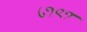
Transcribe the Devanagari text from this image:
८१९१